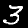
Label: 3